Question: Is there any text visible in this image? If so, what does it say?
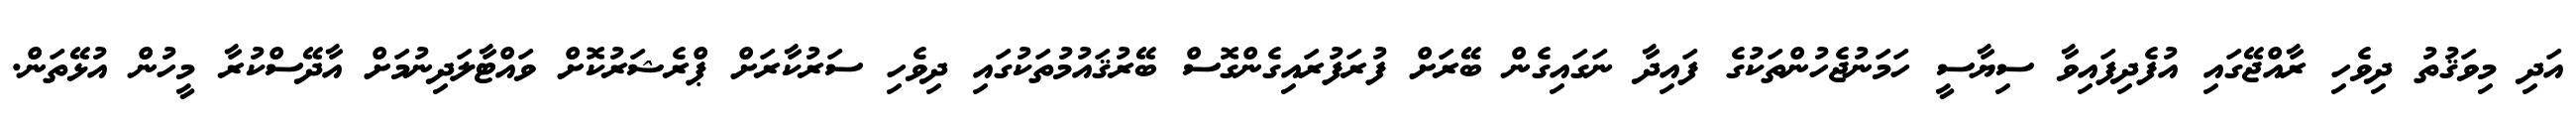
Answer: އަދި މިވަޤުތު ދިވެހި ރާއްޖޭގައި އުފެދިފައިވާ ސިޔާސީ ހަމަނުޖެހުންތަކުގެ ފައިދާ ނަގައިގެން ބޭރަށް ފުރަފުރައިގެންގޮސް ބޭރުޤައުމުތަކުގައި ދިވެހި ސަރުކާރަށް ޕްރެޝަރުކޮށް ވައްޓާލަދިނުމަށް އާދޭސްކުރާ މީހުން އުޅޭތަން.